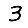
Digit: 3